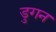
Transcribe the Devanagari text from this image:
डुगन